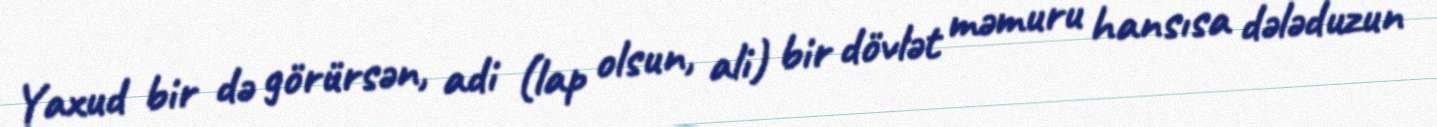
Yaxud bir də görürsən, adi (lap olsun, ali) bir dövlət məmuru hansısa dələduzun